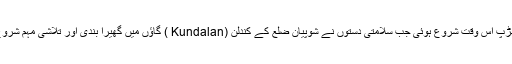
یہ جھڑپ اس وقت شروع ہوئی جب سلامتی دستوں نے شوپیان ضلع کے کندلن (Kundalan ) گاؤں میں گھیرا بندی اور تلاشی مہم شروع کی۔